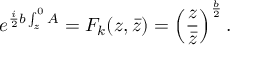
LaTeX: e ^ { { \frac { i } { 2 } } b \int _ { z } ^ { 0 } A } = F _ { k } ( z , \bar { z } ) = \left( { \frac { z } { \bar { z } } } \right) ^ { \frac { b } { 2 } } .